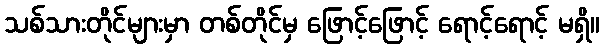
သစ်သားတိုင်များမှာ တစ်တိုင်မှ ဖြောင့်ဖြောင့် ရောင့်ရောင့် မရှိ။